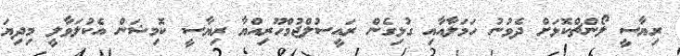
ރިޔާސީ ލޯންޗްކޮޅަށް ދެވުނު ހަމަލާއާއި ގުޅިގެން ރައީސުލްޖުމްހޫރިއްޔާ ރިޔާސީ ކޮމިޝަން އެކުލަވާލީ މިދިޔަ